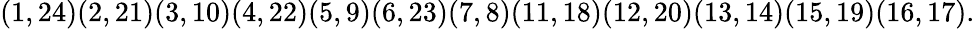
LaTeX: (1,24)(2,21)(3,10)(4,22)(5,9)(6,23)(7,8)(11,18)(12,20)(13,14)(15,19)(16,17).